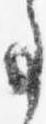
事